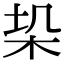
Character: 𭩥